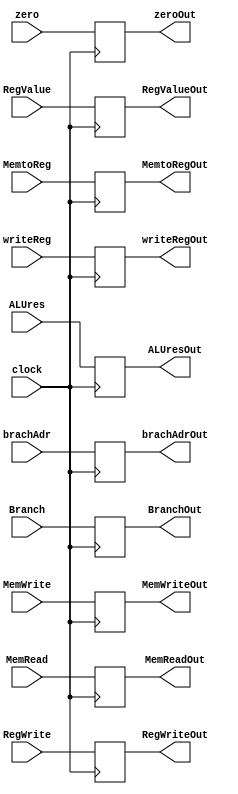
module EXMEMreg (brachAdrOut, zeroOut, ALUresOut, RegValueOut, writeRegOut,BranchOut, MemReadOut, MemWriteOut, RegWriteOut,MemtoRegOut,brachAdr, zero, ALUres, RegValue, writeReg,Branch, MemRead, MemWrite, RegWrite,MemtoReg, clock);
output reg[31:0] brachAdrOut, ALUresOut, RegValueOut; 
output reg[4:0] writeRegOut; 
output reg zeroOut,BranchOut, MemReadOut, MemWriteOut, RegWriteOut,MemtoRegOut;

input [31:0] brachAdr, ALUres, RegValue; 
input [4:0] writeReg; 
input zero,Branch, MemRead, MemWrite, RegWrite,MemtoReg, clock;

always@(posedge clock)
begin
brachAdrOut=brachAdr;
ALUresOut=ALUres;
RegValueOut=RegValue;
writeRegOut=writeReg;
zeroOut=zero;
BranchOut=Branch;
MemReadOut=MemRead;
MemWriteOut=MemWrite;
RegWriteOut=RegWrite;
MemtoRegOut=MemtoReg;
end
endmodule